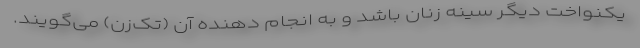
یکنواخت دیگر سینه زنان باشد و به انجام دهنده آن (تک‌زن) می‌گویند.